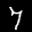
Label: 7